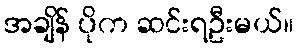
အချိန် ပိုက ဆင်းရဦးမယ်။